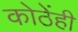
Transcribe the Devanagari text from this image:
कोठेंही